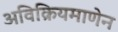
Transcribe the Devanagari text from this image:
अविक्रियमाणेन